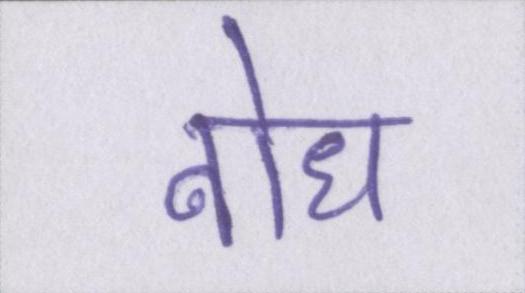
बोध